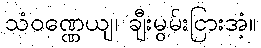
သံဝဏ္ဏေယျ၊ ချီးမွမ်းငြားအံ့။